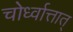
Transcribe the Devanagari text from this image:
चोर्ध्वात्तात्